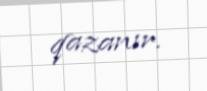
qazanır.